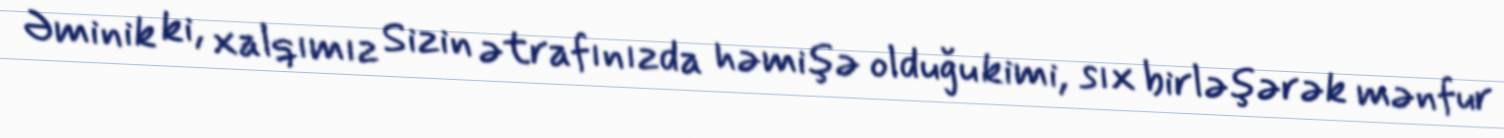
Əminik ki, xalqımız Sizin ətrafınızda həmişə olduğu kimi, sıx birləşərək mənfur